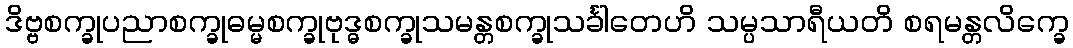
ဒိဗ္ဗစက္ခုပညာစက္ခုဓမ္မစက္ခုဗုဒ္ဓစက္ခုသမန္တစက္ခုသင်္ခါတေဟိ သမ္ပသာရီယတိ စရမန္တလိက္ခေ